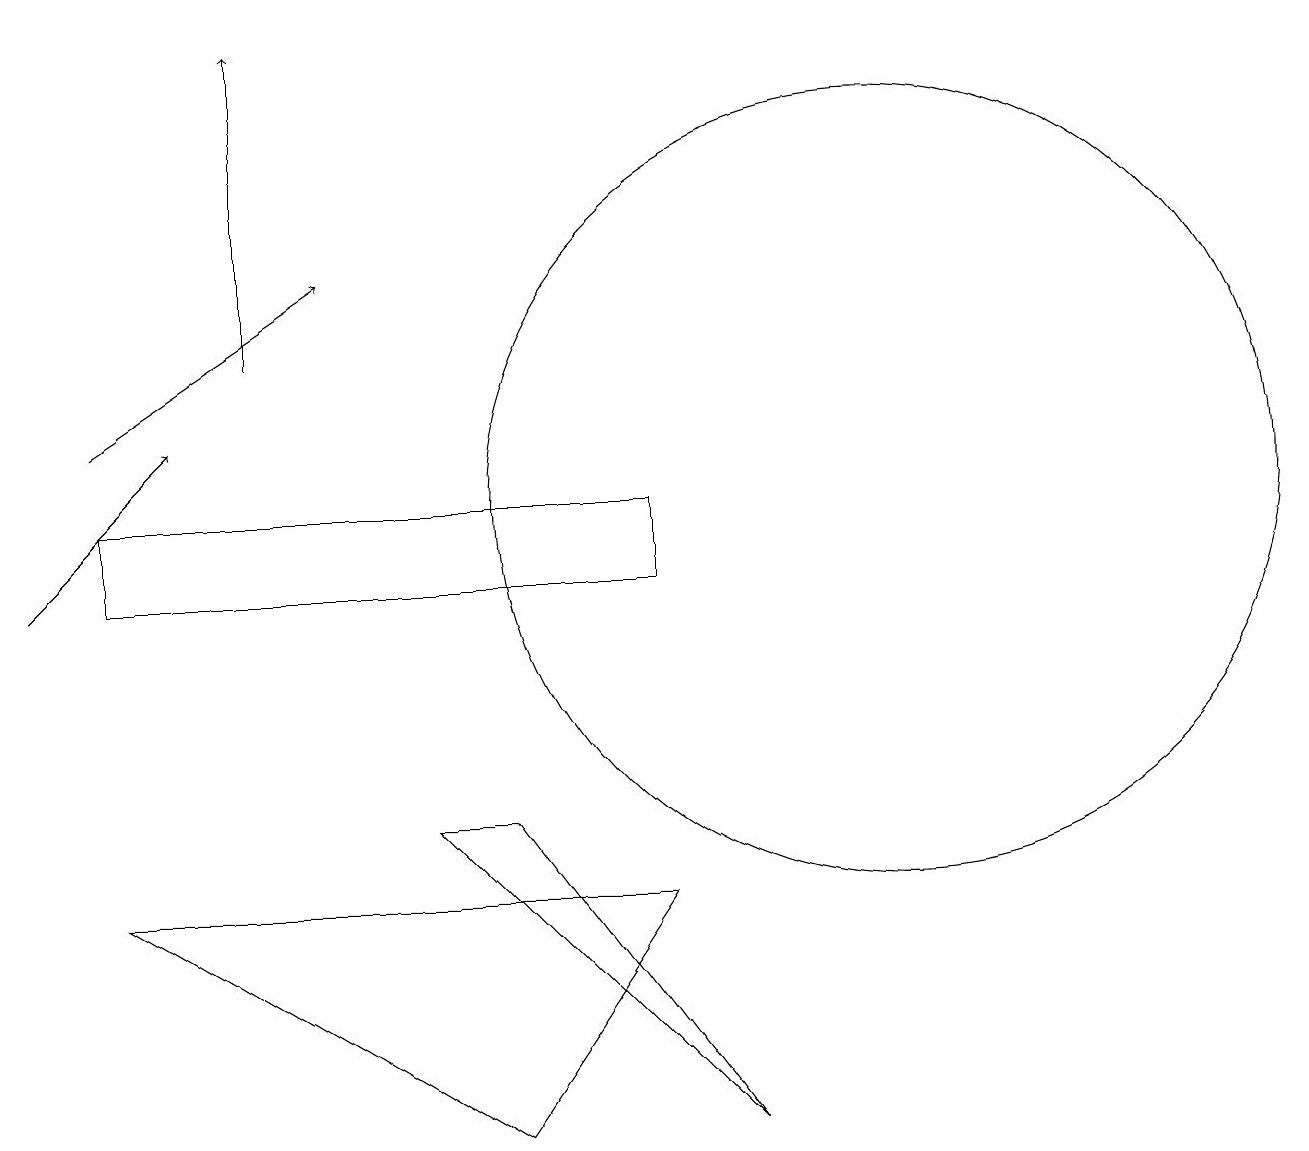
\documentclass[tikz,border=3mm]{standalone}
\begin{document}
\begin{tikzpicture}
\draw (1,12) rectangle (8,11);
\draw[->] (3,14) -- (3,18);
\draw (11,12) circle (5);
\draw[->] (0,11) -- (2,13);
\draw (6,8) -- (9,4) -- (5,8) -- cycle;
\draw (10,11) circle (0);
\draw[->] (1,13) -- (4,15);
\draw (8,7) -- (6,4) -- (1,7) -- cycle;
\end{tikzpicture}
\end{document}